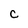
Character: c